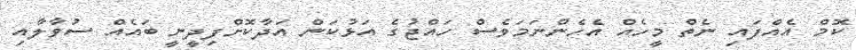
ކޮމް އެއްފައި ނެތް މީހެއް އެހެންނަމަވެސް ހައްޖުގެ އަޅުކަން އަދާކޮށްފިދީނީ ބައެއް ސުވާލާއި